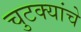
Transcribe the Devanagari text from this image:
चुटक्यांचे